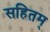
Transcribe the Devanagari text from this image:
सहितम्